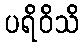
ပရိဝိသိ